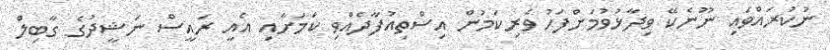
ނުކުރައްވައި ނޫނެކޭ ވިދާޅުވުމަށްފަހު ވެރިކަމުން އިސްތިއުފާދެއްވި ކަމަށާއި އެއީ ރައީސް ނަޝީދުގެ ގާބިލް